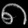
Digit: ၈